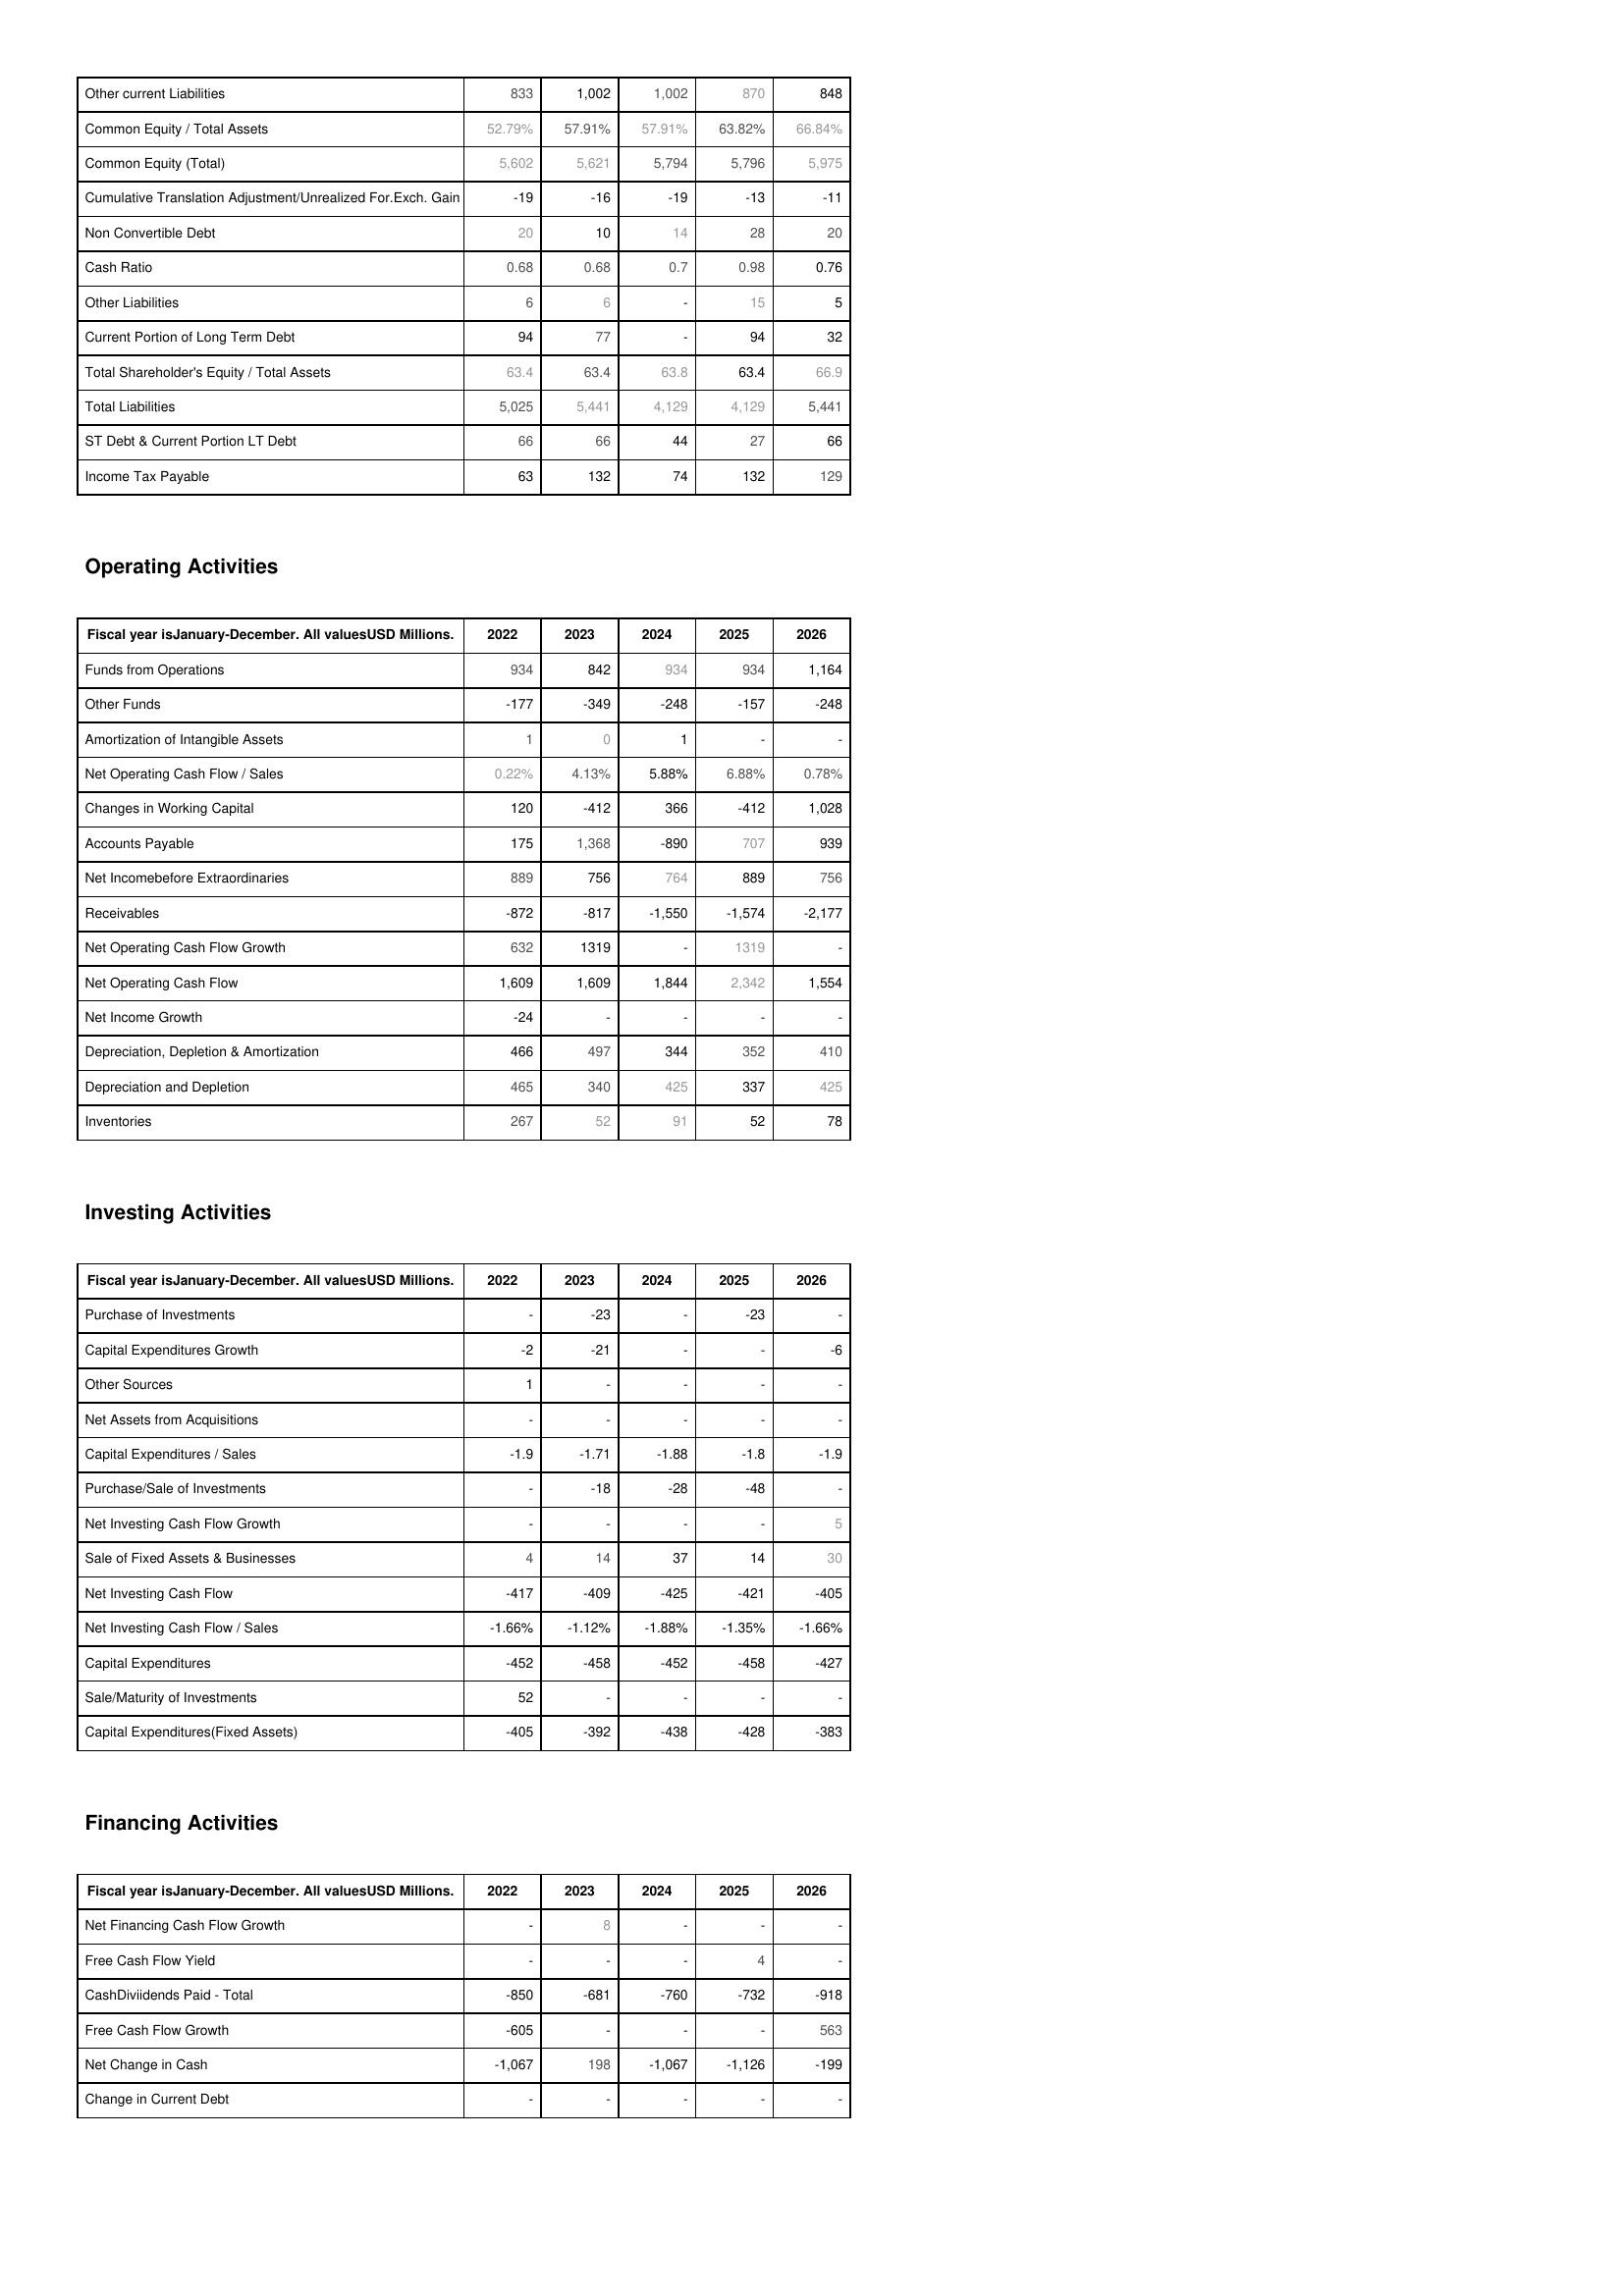
2022: Liabilities & Shareholder's Equity: Other current Liabilities: 833
Common Equity / Total Assets: 52.79%
Common Equity (Total): 5,602
Cumulative Translation Adjustment/Unrealized For.Exch. Gain: -19
Non Convertible Debt: 20
Cash Ratio: 0.68
Other Liabilities: 6
Current Portion of Long Term Debt: 94
Total Shareholder's Equity / Total Assets: 63.4
Total Liabilities: 5,025
ST Debt & Current Portion LT Debt: 66
Income Tax Payable: 63
Operating Activities: Funds from Operations: 934
Other Funds: -177
Amortization of Intangible Assets: 1
Net Operating Cash Flow / Sales: 0.22%
Changes in Working Capital: 120
Accounts Payable: 175
Net Incomebefore Extraordinaries: 889
Receivables: -872
Net Operating Cash Flow Growth: 632
Net Operating Cash Flow: 1,609
Net Income Growth: -24
Depreciation, Depletion & Amortization: 466
Depreciation and Depletion: 465
Inventories: 267
Investing Activities: Purchase of Investments: -
Capital Expenditures Growth: -2
Other Sources: 1
Net Assets from Acquisitions: -
Capital Expenditures / Sales: -1.9
Purchase/Sale of Investments: -
Net Investing Cash Flow Growth: -
Sale of Fixed Assets & Businesses: 4
Net Investing Cash Flow: -417
Net Investing Cash Flow / Sales: -1.66%
Capital Expenditures: -452
Sale/Maturity of Investments: 52
Capital Expenditures(Fixed Assets): -405
Financing Activities: Net Financing Cash Flow Growth: -
Free Cash Flow Yield: -
CashDiviidends Paid - Total: -850
Free Cash Flow Growth: -605
Net Change in Cash: -1,067
Change in Current Debt: -
2023: Liabilities & Shareholder's Equity: Other current Liabilities: 1,002
Common Equity / Total Assets: 57.91%
Common Equity (Total): 5,621
Cumulative Translation Adjustment/Unrealized For.Exch. Gain: -16
Non Convertible Debt: 10
Cash Ratio: 0.68
Other Liabilities: 6
Current Portion of Long Term Debt: 77
Total Shareholder's Equity / Total Assets: 63.4
Total Liabilities: 5,441
ST Debt & Current Portion LT Debt: 66
Income Tax Payable: 132
Operating Activities: Funds from Operations: 842
Other Funds: -349
Amortization of Intangible Assets: 0
Net Operating Cash Flow / Sales: 4.13%
Changes in Working Capital: -412
Accounts Payable: 1,368
Net Incomebefore Extraordinaries: 756
Receivables: -817
Net Operating Cash Flow Growth: 1319
Net Operating Cash Flow: 1,609
Net Income Growth: -
Depreciation, Depletion & Amortization: 497
Depreciation and Depletion: 340
Inventories: 52
Investing Activities: Purchase of Investments: -23
Capital Expenditures Growth: -21
Other Sources: -
Net Assets from Acquisitions: -
Capital Expenditures / Sales: -1.71
Purchase/Sale of Investments: -18
Net Investing Cash Flow Growth: -
Sale of Fixed Assets & Businesses: 14
Net Investing Cash Flow: -409
Net Investing Cash Flow / Sales: -1.12%
Capital Expenditures: -458
Sale/Maturity of Investments: -
Capital Expenditures(Fixed Assets): -392
Financing Activities: Net Financing Cash Flow Growth: 8
Free Cash Flow Yield: -
CashDiviidends Paid - Total: -681
Free Cash Flow Growth: -
Net Change in Cash: 198
Change in Current Debt: -
2024: Liabilities & Shareholder's Equity: Other current Liabilities: 1,002
Common Equity / Total Assets: 57.91%
Common Equity (Total): 5,794
Cumulative Translation Adjustment/Unrealized For.Exch. Gain: -19
Non Convertible Debt: 14
Cash Ratio: 0.7
Other Liabilities: -
Current Portion of Long Term Debt: -
Total Shareholder's Equity / Total Assets: 63.8
Total Liabilities: 4,129
ST Debt & Current Portion LT Debt: 44
Income Tax Payable: 74
Operating Activities: Funds from Operations: 934
Other Funds: -248
Amortization of Intangible Assets: 1
Net Operating Cash Flow / Sales: 5.88%
Changes in Working Capital: 366
Accounts Payable: -890
Net Incomebefore Extraordinaries: 764
Receivables: -1,550
Net Operating Cash Flow Growth: -
Net Operating Cash Flow: 1,844
Net Income Growth: -
Depreciation, Depletion & Amortization: 344
Depreciation and Depletion: 425
Inventories: 91
Investing Activities: Purchase of Investments: -
Capital Expenditures Growth: -
Other Sources: -
Net Assets from Acquisitions: -
Capital Expenditures / Sales: -1.88
Purchase/Sale of Investments: -28
Net Investing Cash Flow Growth: -
Sale of Fixed Assets & Businesses: 37
Net Investing Cash Flow: -425
Net Investing Cash Flow / Sales: -1.88%
Capital Expenditures: -452
Sale/Maturity of Investments: -
Capital Expenditures(Fixed Assets): -438
Financing Activities: Net Financing Cash Flow Growth: -
Free Cash Flow Yield: -
CashDiviidends Paid - Total: -760
Free Cash Flow Growth: -
Net Change in Cash: -1,067
Change in Current Debt: -
2025: Liabilities & Shareholder's Equity: Other current Liabilities: 870
Common Equity / Total Assets: 63.82%
Common Equity (Total): 5,796
Cumulative Translation Adjustment/Unrealized For.Exch. Gain: -13
Non Convertible Debt: 28
Cash Ratio: 0.98
Other Liabilities: 15
Current Portion of Long Term Debt: 94
Total Shareholder's Equity / Total Assets: 63.4
Total Liabilities: 4,129
ST Debt & Current Portion LT Debt: 27
Income Tax Payable: 132
Operating Activities: Funds from Operations: 934
Other Funds: -157
Amortization of Intangible Assets: -
Net Operating Cash Flow / Sales: 6.88%
Changes in Working Capital: -412
Accounts Payable: 707
Net Incomebefore Extraordinaries: 889
Receivables: -1,574
Net Operating Cash Flow Growth: 1319
Net Operating Cash Flow: 2,342
Net Income Growth: -
Depreciation, Depletion & Amortization: 352
Depreciation and Depletion: 337
Inventories: 52
Investing Activities: Purchase of Investments: -23
Capital Expenditures Growth: -
Other Sources: -
Net Assets from Acquisitions: -
Capital Expenditures / Sales: -1.8
Purchase/Sale of Investments: -48
Net Investing Cash Flow Growth: -
Sale of Fixed Assets & Businesses: 14
Net Investing Cash Flow: -421
Net Investing Cash Flow / Sales: -1.35%
Capital Expenditures: -458
Sale/Maturity of Investments: -
Capital Expenditures(Fixed Assets): -428
Financing Activities: Net Financing Cash Flow Growth: -
Free Cash Flow Yield: 4
CashDiviidends Paid - Total: -732
Free Cash Flow Growth: -
Net Change in Cash: -1,126
Change in Current Debt: -
2026: Liabilities & Shareholder's Equity: Other current Liabilities: 848
Common Equity / Total Assets: 66.84%
Common Equity (Total): 5,975
Cumulative Translation Adjustment/Unrealized For.Exch. Gain: -11
Non Convertible Debt: 20
Cash Ratio: 0.76
Other Liabilities: 5
Current Portion of Long Term Debt: 32
Total Shareholder's Equity / Total Assets: 66.9
Total Liabilities: 5,441
ST Debt & Current Portion LT Debt: 66
Income Tax Payable: 129
Operating Activities: Funds from Operations: 1,164
Other Funds: -248
Amortization of Intangible Assets: -
Net Operating Cash Flow / Sales: 0.78%
Changes in Working Capital: 1,028
Accounts Payable: 939
Net Incomebefore Extraordinaries: 756
Receivables: -2,177
Net Operating Cash Flow Growth: -
Net Operating Cash Flow: 1,554
Net Income Growth: -
Depreciation, Depletion & Amortization: 410
Depreciation and Depletion: 425
Inventories: 78
Investing Activities: Purchase of Investments: -
Capital Expenditures Growth: -6
Other Sources: -
Net Assets from Acquisitions: -
Capital Expenditures / Sales: -1.9
Purchase/Sale of Investments: -
Net Investing Cash Flow Growth: 5
Sale of Fixed Assets & Businesses: 30
Net Investing Cash Flow: -405
Net Investing Cash Flow / Sales: -1.66%
Capital Expenditures: -427
Sale/Maturity of Investments: -
Capital Expenditures(Fixed Assets): -383
Financing Activities: Net Financing Cash Flow Growth: -
Free Cash Flow Yield: -
CashDiviidends Paid - Total: -918
Free Cash Flow Growth: 563
Net Change in Cash: -199
Change in Current Debt: -